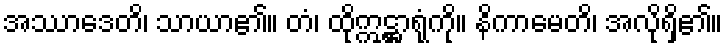
အဿာဒေတိ၊ သာယာ၏။ တံ၊ ထိုဣဋ္ဌာရုံကို။ နိကာမေတိ၊ အလိုရှိ၏။